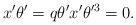
LaTeX: \begin{align*} x'\theta' = q\theta'x' \theta'^3=0.\end{align*}